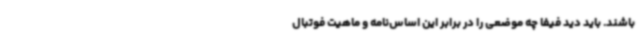
باشند. باید دید فیفا چه موضعی را در برابر این اساس‌نامه و ماهیت فوتبال